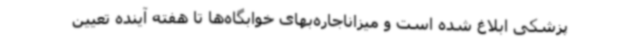
پزشکی ابلاغ شده است و میزاناجاره‌بهای خوابگاه‌ها تا هفته آینده تعیین